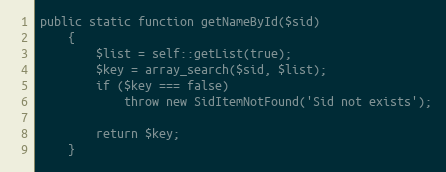
Language: PHP
public static function getNameById($sid)
    {
        $list = self::getList(true);
        $key = array_search($sid, $list);
        if ($key === false)
            throw new SidItemNotFound('Sid not exists');

        return $key;
    }